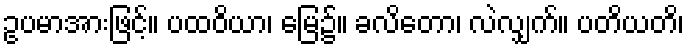
ဥပမာအားဖြင့်။ ပထဝိယာ၊ မြေ၌။ ခလိတော၊ လဲလျှက်။ ပတိယတိ၊